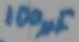
Text: 100µF